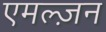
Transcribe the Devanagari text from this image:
एमल्ज़न